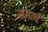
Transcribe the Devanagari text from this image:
नासार्ध